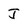
Character: J